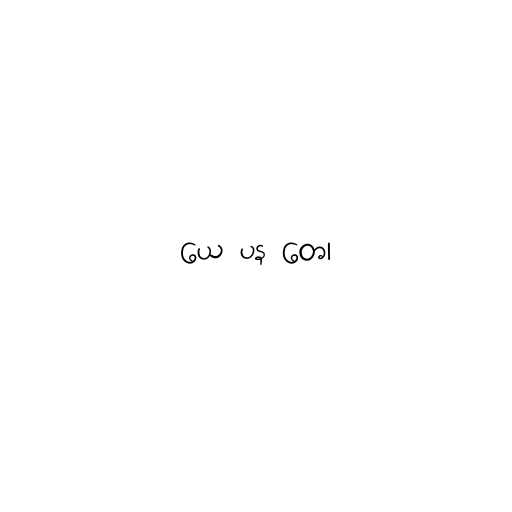
ယေ ပန တေ၊